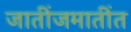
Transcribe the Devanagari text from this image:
जातींजमातींत